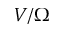
V / \Omega